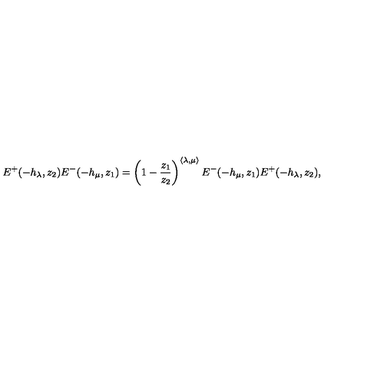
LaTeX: E ^ { + } ( - h _ { \lambda } , z _ { 2 } ) E ^ { - } ( - h _ { \mu } , z _ { 1 } ) = \left( 1 - \frac { z _ { 1 } } { z _ { 2 } } \right) ^ { \langle \lambda , \mu \rangle } E ^ { - } ( - h _ { \mu } , z _ { 1 } ) E ^ { + } ( - h _ { \lambda } , z _ { 2 } ) ,